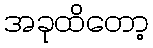
အခုထိတော့